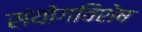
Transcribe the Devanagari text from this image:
संयोगविशेष